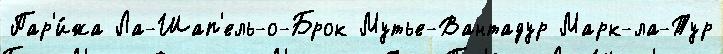
Пар'и́жа Ла-Шап'ель-о-Брок Мутье-Вантадур Марк-ла-Тур